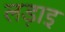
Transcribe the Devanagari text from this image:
लड़ाइ